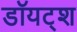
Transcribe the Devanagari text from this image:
डॉयट्श